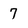
Character: 7